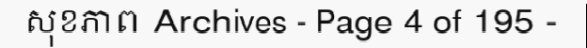
សុខភាព Archives - Page 4 of 195 -